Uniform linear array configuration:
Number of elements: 32
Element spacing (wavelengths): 0.5
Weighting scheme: uniform
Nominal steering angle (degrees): -30
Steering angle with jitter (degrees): -28.403
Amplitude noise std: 0.05
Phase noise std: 0.05

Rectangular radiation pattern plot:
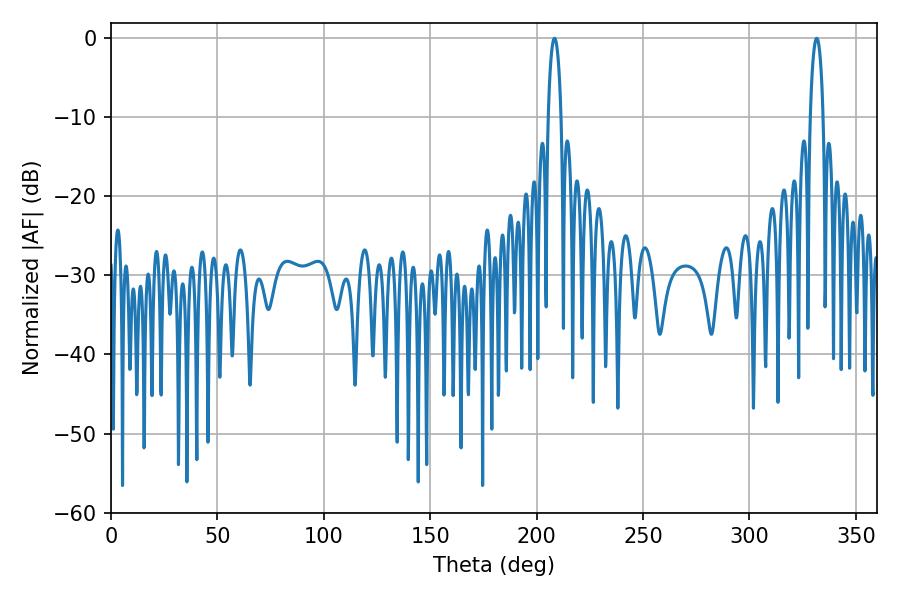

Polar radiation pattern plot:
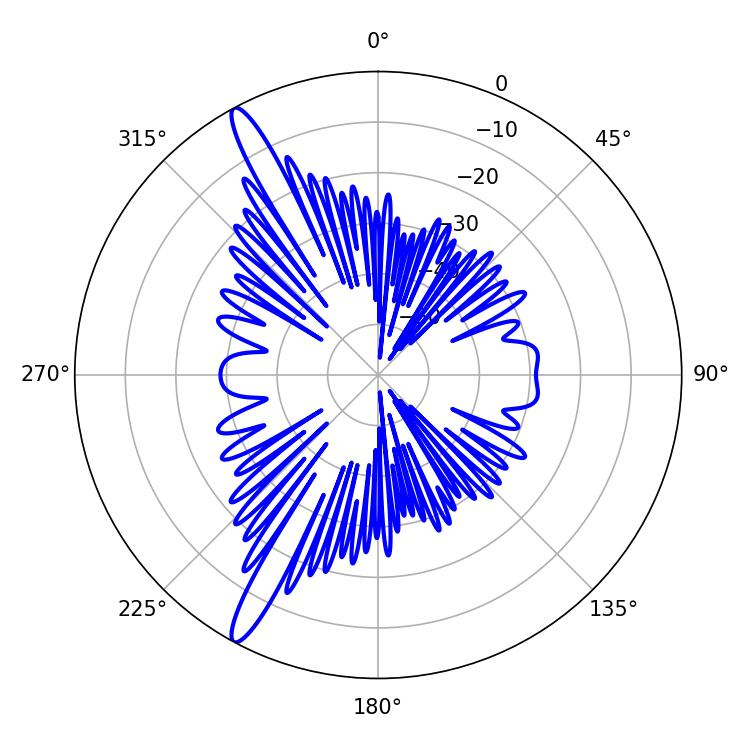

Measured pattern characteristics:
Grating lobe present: FALSE
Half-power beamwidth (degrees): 3.42
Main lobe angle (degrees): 331.56